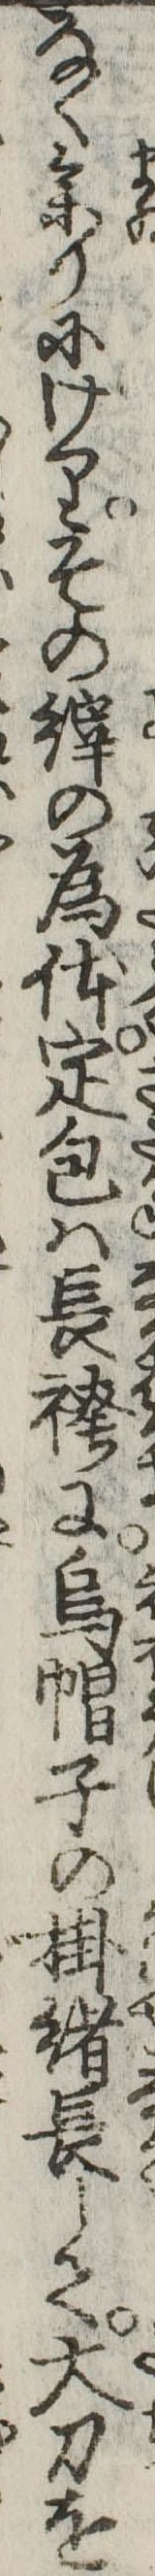
なく参りにけりその縡の為体定包は長袴に烏帽子の掛緒長して大刀を